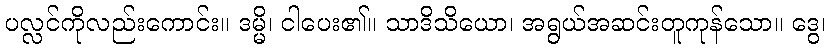
ပလ္လင်ကိုလည်းကောင်း။ ဒမ္မိ၊ ငါပေး၏။ သာဒိသိယော၊ အရွယ်အဆင်းတူကုန်သော။ ဒွေ၊